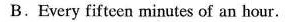
B. Every fifteen minutes of an hour.